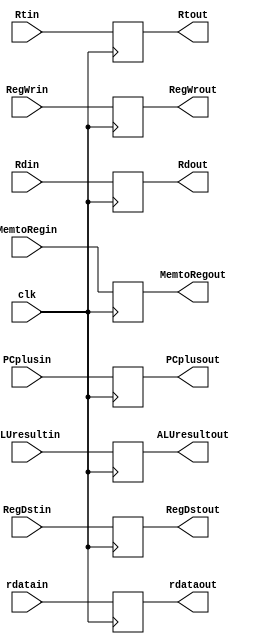
`timescale 1ns/1ps

module MEMWBreg(clk,Rtin,Rdin,PCplusin,rdatain,ALUresultin,RegDstin,RegWrin,MemtoRegin,
Rtout,Rdout,PCplusout,rdataout,ALUresultout,RegDstout,RegWrout,MemtoRegout);

input clk;
input [4:0] Rtin;
input [4:0] Rdin;
input [31:0] PCplusin;
input [31:0] rdatain;
input [31:0] ALUresultin;
input [1:0] RegDstin;
input RegWrin;
input [1:0] MemtoRegin;
output [4:0] Rtout;
reg [4:0] Rtout;
output [4:0] Rdout;
reg [4:0] Rdout;
output [31:0] PCplusout;
reg [31:0] PCplusout;
output [31:0] rdataout;
reg [31:0] rdataout;
output [31:0] ALUresultout;
reg [31:0] ALUresultout;
output [1:0] RegDstout;
reg [1:0] RegDstout;
output RegWrout;
reg RegWrout;
output [1:0] MemtoRegout;
reg [1:0] MemtoRegout;

always @(posedge clk)
begin
  Rtout <= Rtin;
  Rdout <= Rdin;
  PCplusout <= PCplusin;
  rdataout <= rdatain;
  ALUresultout <= ALUresultin;
  RegDstout <= RegDstin;
  RegWrout <= RegWrin;
  MemtoRegout <= MemtoRegin;
end

endmodule